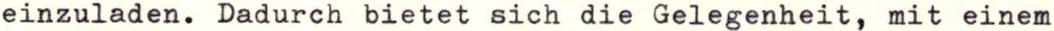
einzuladen. Dadurch bietet sich die Gelegenheit, mit einem